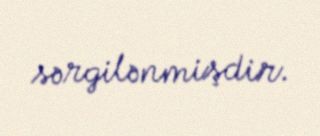
sərgilənmişdir.